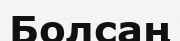
Болсаң